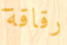
رقاقة